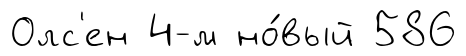
Олс'ен 4-м но́вый 586